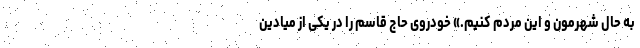
به حال شهرمون و این مردم کنیم.» خودروی حاج قاسم را در یکی از میادین